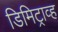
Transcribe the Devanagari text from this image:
डिमिट्राव्ह